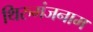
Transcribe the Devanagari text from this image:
थिरुमंजनाम